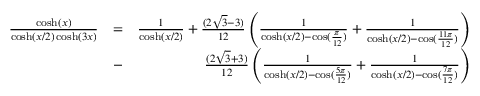
\begin{array} { r l r } { \frac { \cosh ( x ) } { \cosh ( x / 2 ) \cosh ( 3 x ) } } & { = } & { \frac { 1 } { \cosh ( x / 2 ) } + \frac { ( 2 \sqrt { 3 } - 3 ) } { 1 2 } \left( \frac { 1 } { \cosh ( x / 2 ) - \cos ( \frac { \pi } { 1 2 } ) } + \frac { 1 } { \cosh ( x / 2 ) - \cos ( \frac { 1 1 \pi } { 1 2 } ) } \right) } \\ & { - } & { \frac { ( 2 \sqrt { 3 } + 3 ) } { 1 2 } \left( \frac { 1 } { \cosh ( x / 2 ) - \cos ( \frac { 5 \pi } { 1 2 } ) } + \frac { 1 } { \cosh ( x / 2 ) - \cos ( \frac { 7 \pi } { 1 2 } ) } \right) } \end{array}